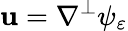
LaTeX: \mathbf{u}=\nabla^{\perp}\psi_{\varepsilon}